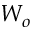
W _ { o }